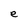
Character: e